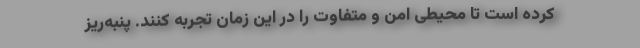
کرده است تا محیطی امن و متفاوت را در این زمان تجربه کنند. پنبه‌ریز